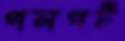
পলপট